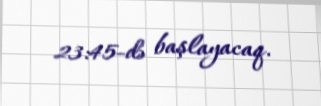
23:45-də başlayacaq.